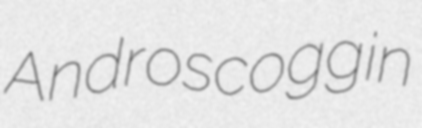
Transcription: Androscoggin